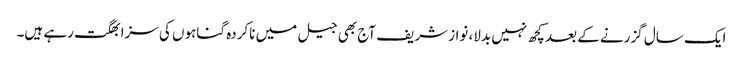
ایک سال گزرنے کے بعد کچھ نہیں بدلا، نواز شریف آج بھی جیل میں ناکردہ گناہوں کی سزا بھگت رہے ہیں۔